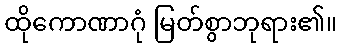
ထိုကောဏာဂုံ မြတ်စွာဘုရား၏။